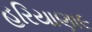
હરિયાણા૯